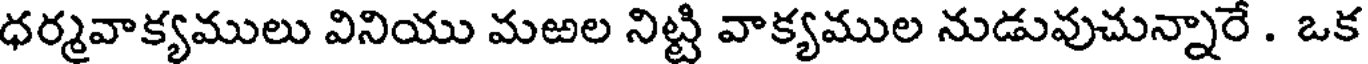
ధర్మవాక్యములు వినియు మఱల నిట్టి వాక్యముల నుడువుచున్నారే . ఒక